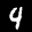
Label: 4